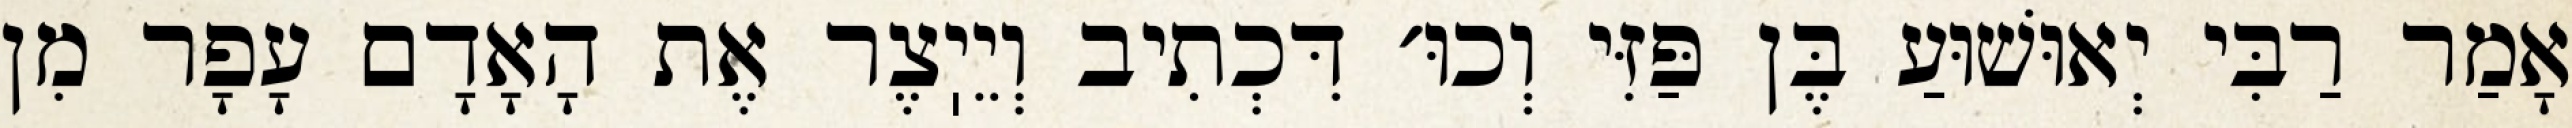
אָמַר רַבִּי יְאוּשׁוּעַ בֶּן פַּזִּי וְכוּ׳ דִּכְתִיב וְיֵיֽצֶר אֶת הָאָדָם עָפָר מִן